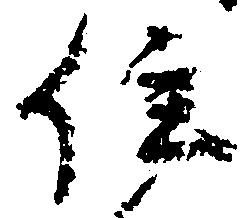
住